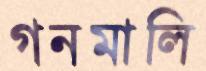
গনমালি